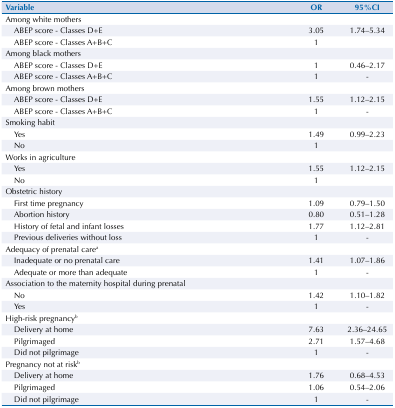
| Variable | OR | 95%CI |
 | --- | --- | --- |
 | Among white mothers |  |  |
 | ABEP score - Classes D+E | 3.05 | 1.74–5.34 |
 | ABEP score - Classes A+B+C | 1 |  |
 | Among black mothers |  |  |
 | ABEP score - Classes D+E | 1 | 0.46–2.17 |
 | ABEP score - Classes A+B+C | 1 | - |
 | Among brown mothers |  |  |
 | ABEP score - Classes D+E | 1.55 | 1.12–2.15 |
 | ABEP score - Classes A+B+C | 1 | - |
 | Smoking habit |  |  |
 | Yes | 1.49 | 0.99–2.23 |
 | No | 1 |  |
 | Works in agriculture |  |  |
 | Yes | 1.55 | 1.12–2.15 |
 | No | 1 |  |
 | Obstetric history |  |  |
 | First time pregnancy | 1.09 | 0.79–1.50 |
 | Abortion history | 0.80 | 0.51–1.28 |
 | History of fetal and infant losses | 1.77 | 1.12–2.81 |
 | Previous deliveries without loss | 1 | - |
 | Adequacy of prenatal carea |  |  |
 | Inadequate or no prenatal care | 1.41 | 1.07–1.86 |
 | Adequate or more than adequate | 1 | - |
 | Association to the maternity hospital during prenatal |  |  |
 | No | 1.42 | 1.10–1.82 |
 | Yes | 1 | - |
 | High-risk pregnancyb |  |  |
 | Delivery at home | 7.63 | 2.36–24.65 |
 | Pilgrimaged | 2.71 | 1.57–4.68 |
 | Did not pilgrimage | 1 | - |
 | Pregnancy not at riskb |  |  |
 | Delivery at home | 1.76 | 0.68–4.53 |
 | Pilgrimaged | 1.06 | 0.54–2.06 |
 | Did not pilgrimage | 1 | - |